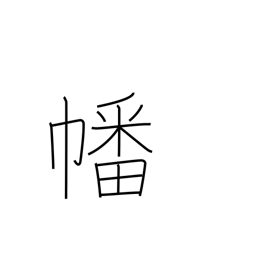
Meaning: flag